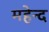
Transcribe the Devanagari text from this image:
महेन्द